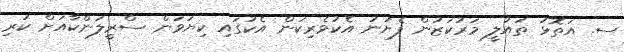
ސ. އަތޮޅު ތައުލީީ މަރުކަޒުން ފެށުނު އެކުވެރިކަން އެކުގައި ކިޔަވަން ސްރީލަންކާއަށް ކުރި